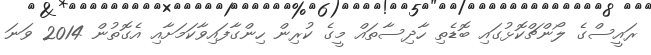
ރައީސްގެ ލޯންޗްކޮޅުގައި ބޮޑެތި ހާދިސާތައް މީގެ ކުރިން ހިންގާފައިވާކަމަށާއި އެގޮތުން 2014 ވަނަ